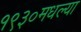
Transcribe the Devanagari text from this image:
१९३०मधल्या